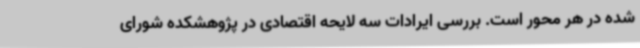
شده در هر محور است. بررسی ایرادات سه لایحه اقتصادی در پژوهشکده شورای